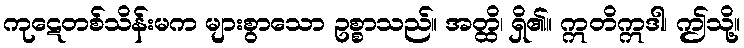
ကုဋေတစ်သိန်းမက များစွာသော ဥစ္စာသည်။ အတ္ထိ၊ ရှိ၏။ ဣတိဣဒါ၊ ဤသို့။